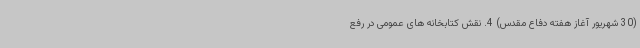
(30 شهریور آغاز هفته دفاع مقدس) 4. نقش کتابخانه های عمومی در رفع